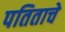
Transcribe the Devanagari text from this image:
पतिताचे